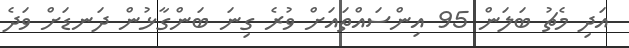
އަދި މެޗު ބަލަން 95 އިންސައްތައަށް ވުރެ ގިނަ ބަންގާޅުން ދަނޑަށް ވަދެ